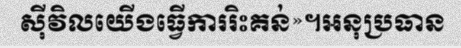
ស៊ីវិលយើងធ្វើការរិះគន់»។អនុប្រធាន